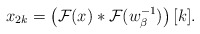
\begin{align*}x_{2k}=\left(\mathcal{F}(x)\ast \mathcal{F}(w_{\beta}^{-1})\right)[k].\end{align*}